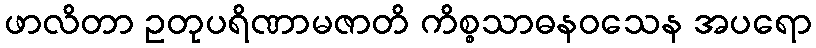
ဖာလိတာ ဥတုပရိဏာမဇာတိ ကိစ္စသာဓနဝသေန အပရော